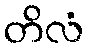
တိလံ